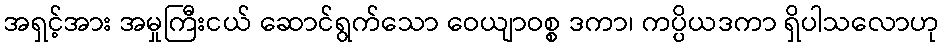
အရှင့်အား အမှုကြီးငယ် ဆောင်ရွက်သော ဝေယျာဝစ္စ ဒကာ၊ ကပ္ပိယဒကာ ရှိပါသလောဟု